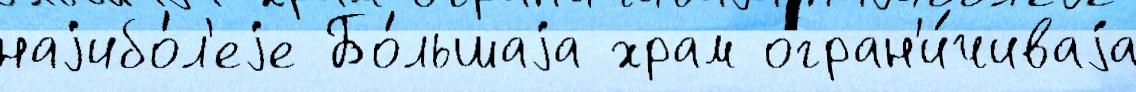
наjибо́л'еjе Бо́льшаjа храм огран'и́чиваjа